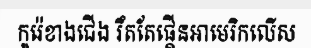
កូរ៉េខាងជើង រឹតតែផ្គើនអាមេរិកលើស